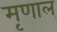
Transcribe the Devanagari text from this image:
मृणाल्